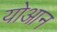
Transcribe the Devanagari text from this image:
योआन